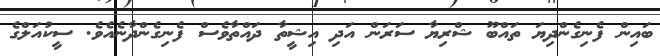
ބައިން ފެނިގެންދިޔަ ތައްބޫ ޝްރިޔާ ސަރަން އަދި އިޝީތާ ދައްތާވެސް ފެނިގެންދާނެއެވެ. ސީކުއަލްގެ